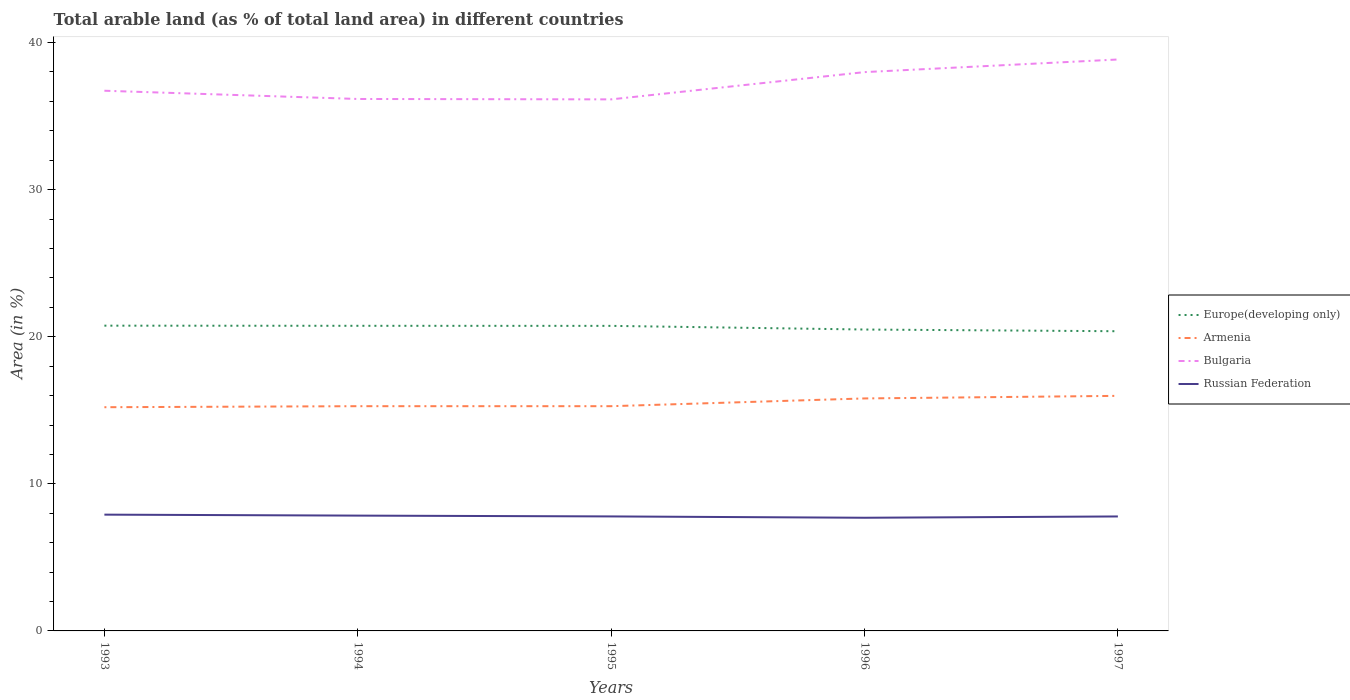
| Years | Europe(developing only) | Armenia | Bulgaria | Russian Federation |
 | --- | --- | --- | --- | --- |
 | 1993 | 20.8 | 15.2 | 36.7 | 7.91 |
 | 1994 | 20.7 | 15.3 | 36.2 | 7.84 |
 | 1995 | 20.7 | 15.3 | 36.1 | 7.78 |
 | 1996 | 20.5 | 15.8 | 38 | 7.69 |
 | 1997 | 20.4 | 16 | 38.9 | 7.78 |